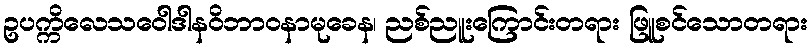
ဥပက္ကိလေသဝေါဒါနဝိဘာဝနာမုခေန၊ ညစ်ညူးကြောင်းတရား ဖြူစင်သောတရား